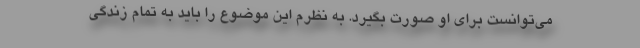
می‌توانست برای او صورت بگیرد. به نظرم این موضوع را باید به تمام زندگی